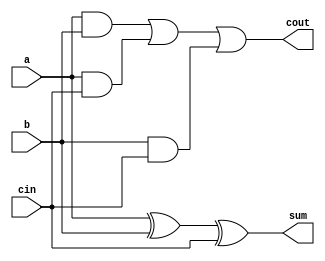
module fAdder(a, b, cin, sum, cout);

	input a, b, cin;
	
	output sum, cout;
	
	wire w1, w2, w3;
	
	xor xor1(sum, a, b, cin);
	and and1(w1, a, b);
	and and2(w2, a, cin);
	and and3(w3, b, cin);
	or or1(cout, w1, w2, w3);
	
endmodule